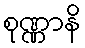
စုဏ္ဏာနိ